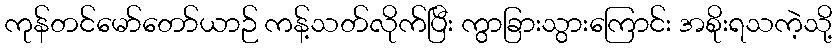
ကုန်တင်မော်တော်ယာဉ် ကန့်သတ်လိုက်ပြီး ကွာခြားသွားကြောင်း အစိုးရသကဲ့သို့